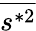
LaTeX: \overline{{s^{*2}}}